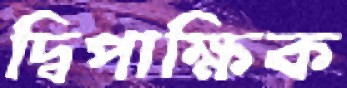
দ্বিপাক্ষিক